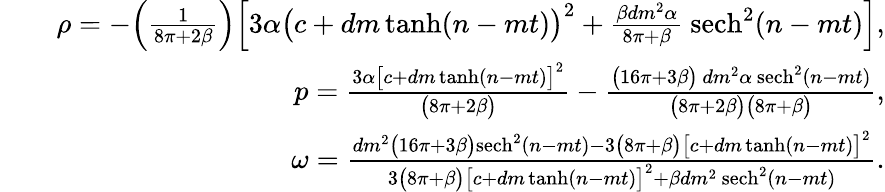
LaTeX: \begin{array}{rlr}&{}&{\rho=-\Big(\frac{1}{8\pi+2\beta}\Big)\Big[3\alpha\big(c+dm\operatorname{tanh}(n-mt)\big)^{2}+\frac{\beta dm^{2}\alpha}{8\pi+\beta}~\mathrm{sech}^{2}(n-mt)\Big],}\\ &{}&{p=\frac{3\alpha\big[c+dm\operatorname{tanh}(n-mt)\big]^{2}}{\big(8\pi+2\beta\big)}-\frac{\big(16\pi+3\beta\big)~dm^{2}\alpha~\mathrm{sech}^{2}(n-mt)}{\big(8\pi+2\beta\big)\big(8\pi+\beta\big)},}\\ &{}&{\omega=\frac{dm^{2}\big(16\pi+3\beta\big)\mathrm{sech}^{2}(n-mt)-3\big(8\pi+\beta\big)\big[c+dm\operatorname{tanh}(n-mt)\big]^{2}}{3\big(8\pi+\beta\big)\big[c+dm\operatorname{tanh}(n-mt)\big]^{2}+\beta dm^{2}~\mathrm{sech}^{2}(n-mt)}.}\end{array}